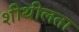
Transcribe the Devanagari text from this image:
शीथीलता